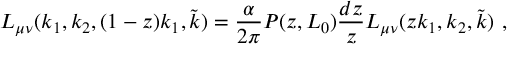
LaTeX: L _ { \mu \nu } ( k _ { 1 } , k _ { 2 } , ( 1 - z ) k _ { 1 } , \tilde { k } ) = \frac { \alpha } { 2 \pi } P ( z , L _ { 0 } ) \frac { d z } { z } L _ { \mu \nu } ( z k _ { 1 } , k _ { 2 } , \tilde { k } ) \ ,